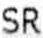
SR